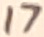
Text: 17